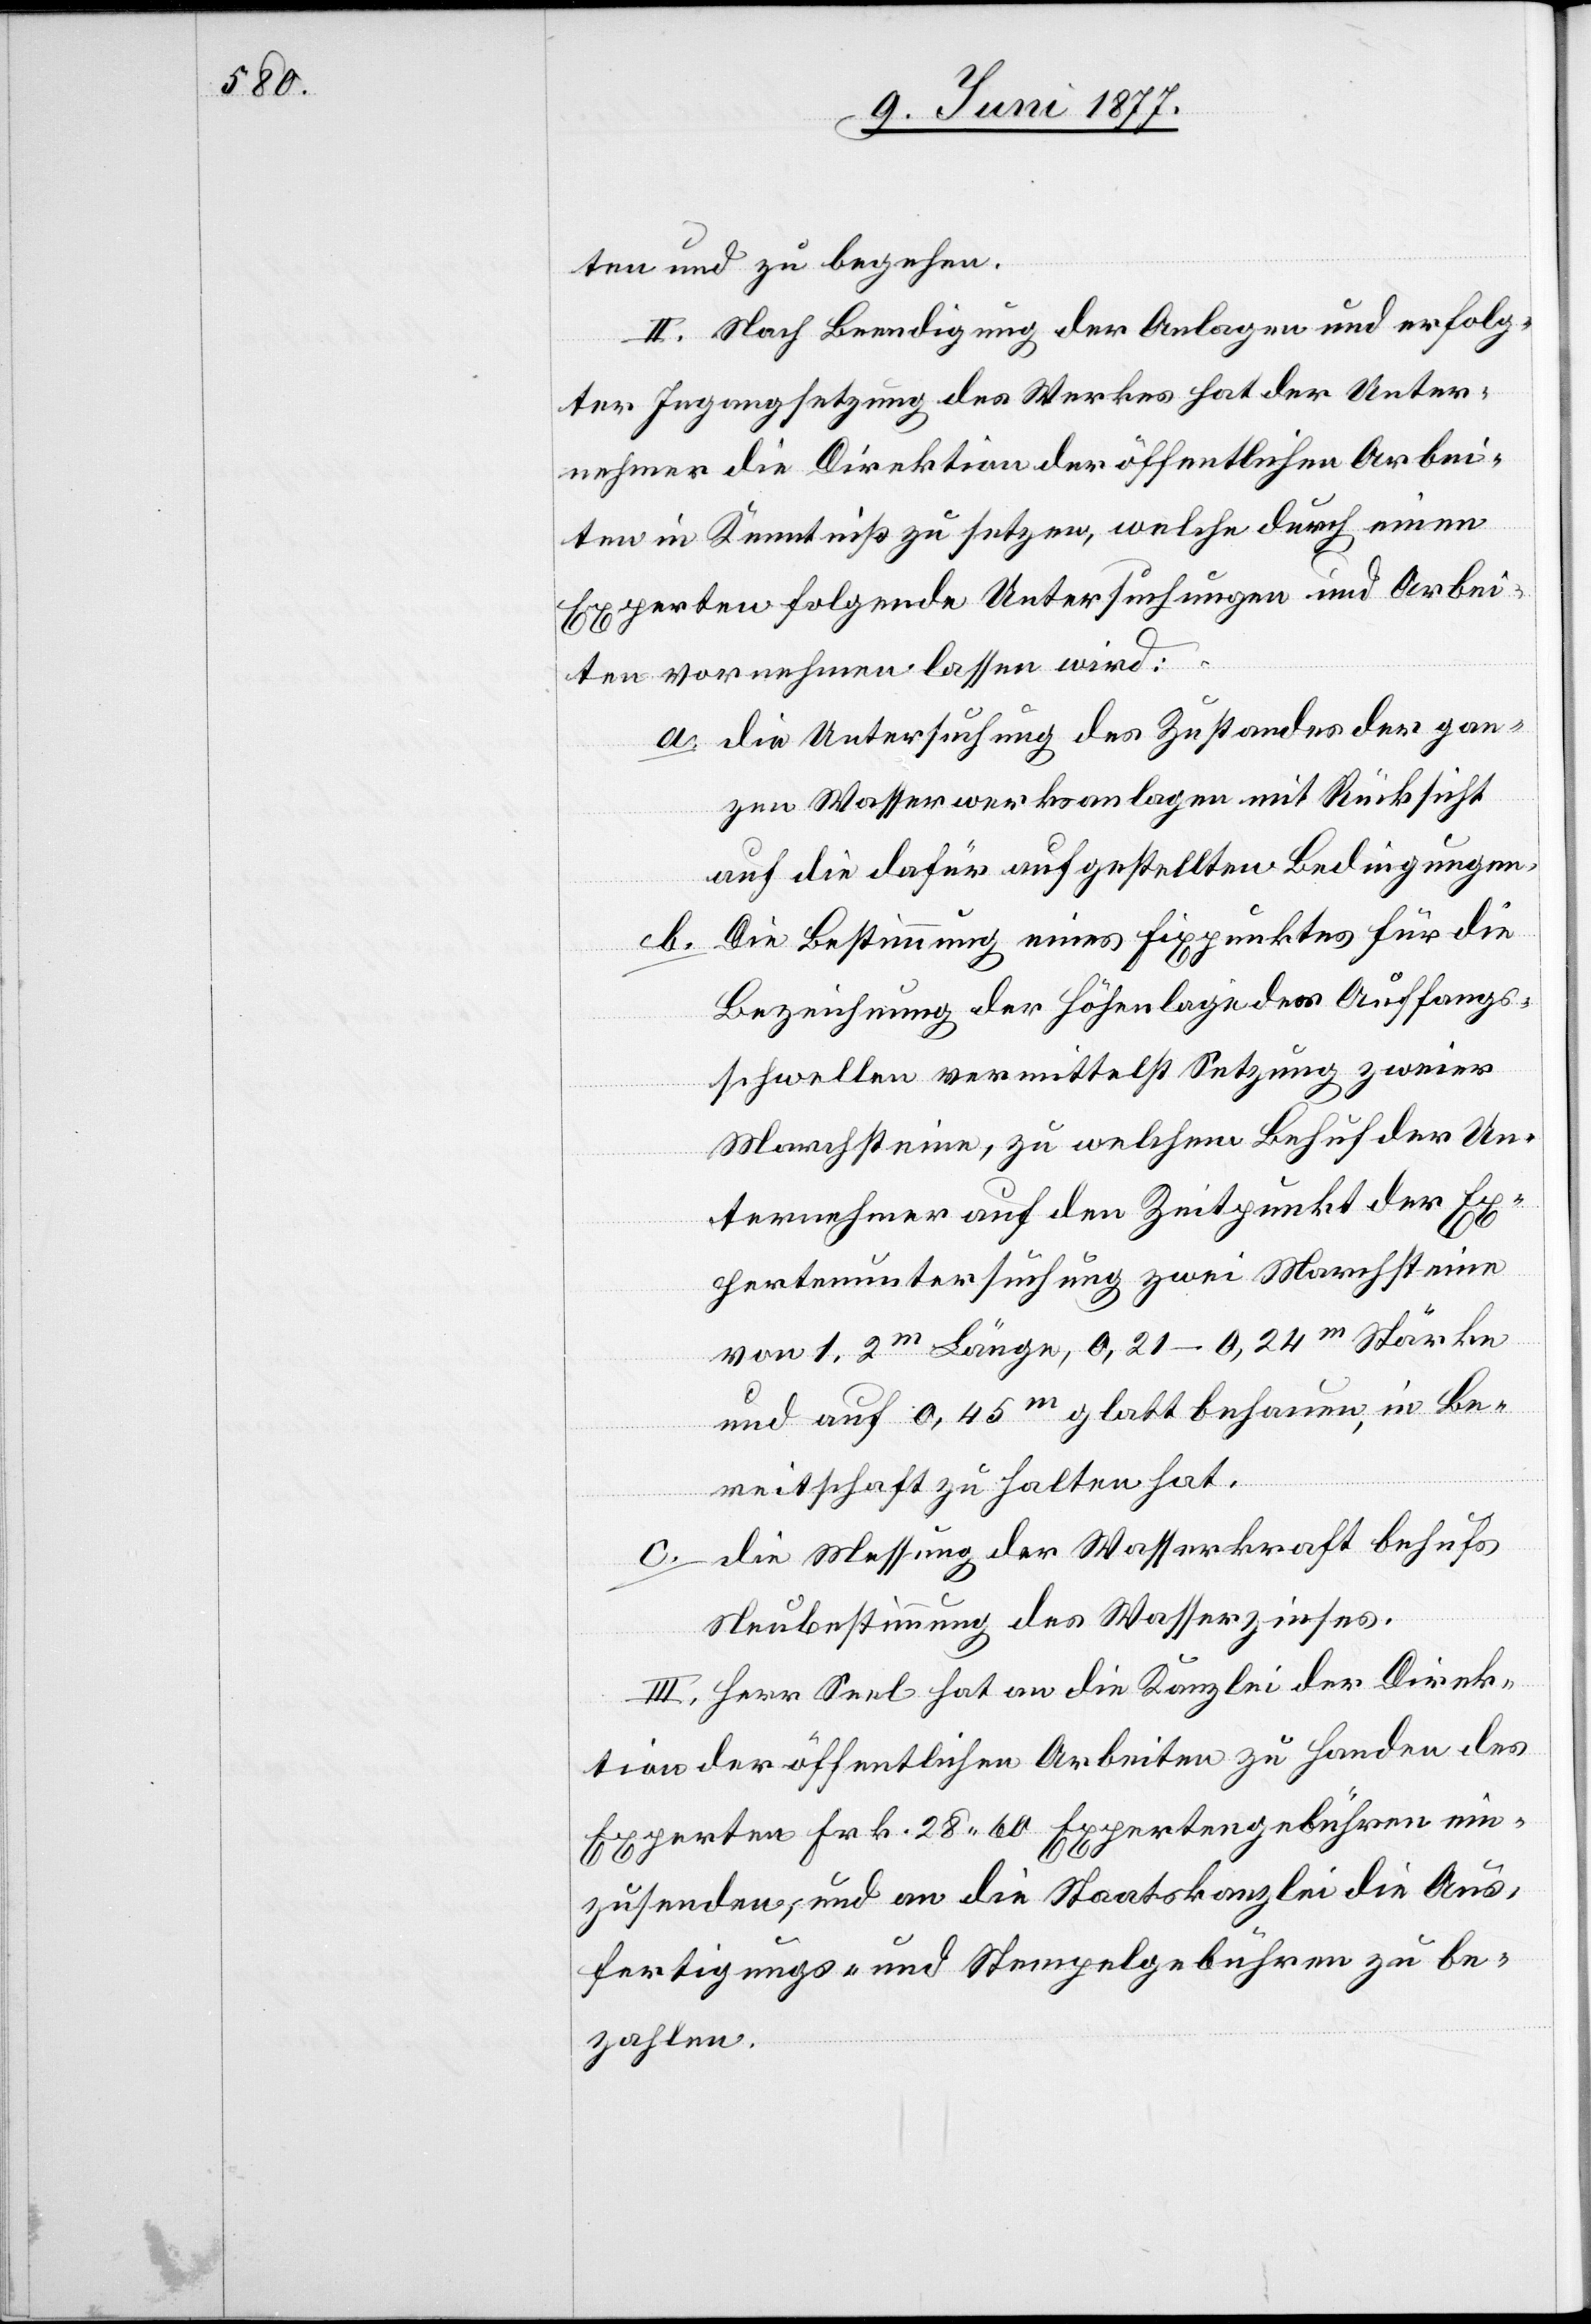
ten und zu begehen.
II. Nach Beendigung der Anlagen und erfolg¬
ter Ingangsetzung des Werkes hat der Unter¬
nehmer die Direktion der öffentlichen Arbei¬
ten in Kenntniß zu setzen, welche durch einen
Experten folgende Untersuchungen und Arbei¬
ten vornehmen lassen wird:
a. Die Untersuchung des Zustandes der gan¬
zen Wasserwerksanlage mit Rücksicht
auf die dafür aufgestellten Bedingungen.
Die Bestimmung eines Fixpunktes für die
b.
Bezeichnung der Höhenlage der Auffangs¬
schwellen vermittelst Setzung zweier
Marchsteine, zu welchem Behuf der Un¬
ternehmer auf den Zeitpunkt der Ex¬
pertenuntersuchung zwei Marchsteine
von 1,2m Länge, 0,21–0,24m Stärke
und auf 0,45m glatt behauen, in Be¬
reitschaft zu halten hat.
c. Die Messung der Wasserkraft behufs
Neubestimmung des Wasserzinses.
III. Herr Seel hat an die Kanzlei der Direk¬
tion der öffentlichen Arbeiten zu Handen des
Experten Frk. 28 60 Expertengebühren ein¬
zusenden, und an die Staatskanzlei die Aus¬
fertigungs- und Stempelgebühren zu be¬
zahlen.